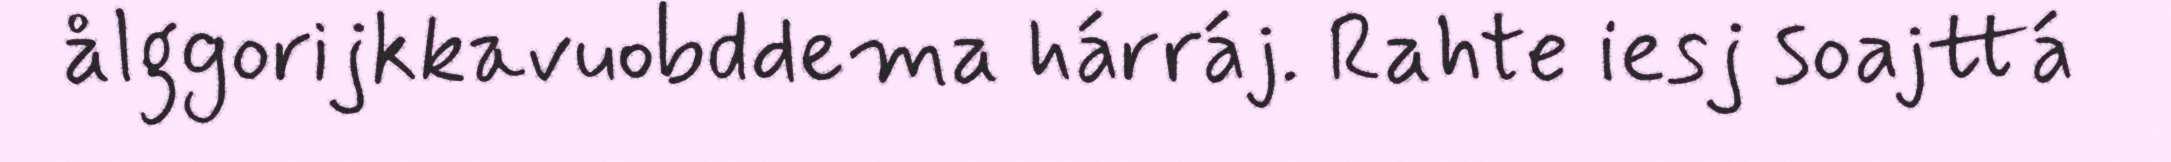
ålggorijkkavuobddema hárráj. Rahte iesj soajttá